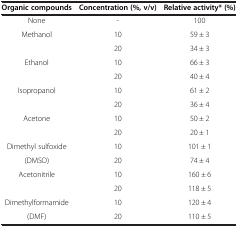
<table><thead><tr><td><b>Organic compounds</b></td><td><b>Concentration (%, v/v)</b></td><td><b>Relative activity* (%)</b></td></tr></thead><tbody><tr><td>None</td><td>-</td><td>100</td></tr><tr><td>Methanol</td><td>10</td><td>59 ± 3</td></tr><tr><td> </td><td>20</td><td>34 ± 3</td></tr><tr><td>Ethanol</td><td>10</td><td>66 ± 3</td></tr><tr><td> </td><td>20</td><td>40 ± 4</td></tr><tr><td>Isopropanol</td><td>10</td><td>61 ± 2</td></tr><tr><td> </td><td>20</td><td>36 ± 4</td></tr><tr><td>Acetone</td><td>10</td><td>50 ± 2</td></tr><tr><td> </td><td>20</td><td>20 ± 1</td></tr><tr><td>Dimethyl sulfoxide</td><td>10</td><td>101 ± 1</td></tr><tr><td>(DMSO)</td><td>20</td><td>74 ± 4</td></tr><tr><td>Acetonitrile</td><td>10</td><td>160 ± 6</td></tr><tr><td> </td><td>20</td><td>118 ± 5</td></tr><tr><td>Dimethylformamide</td><td>10</td><td>120 ± 4</td></tr><tr><td>(DMF)</td><td>20</td><td>110 ± 5</td></tr></tbody></table>